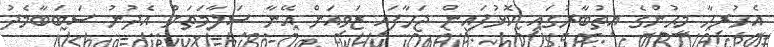
އެހުރިހާ މީޙުންގެ އިތުބާރުގައި ކޮޅުފައިން ޖަހާފައި ޒަވިއަން އޭނާ ސަލާމަތަށް އެދުނު ސަބަބާމެދު